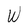
Character: W